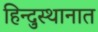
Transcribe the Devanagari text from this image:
हिन्दुस्थानात